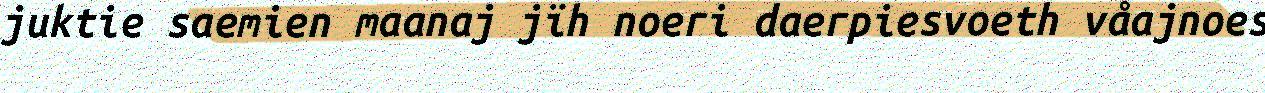
juktie saemien maanaj jïh noeri daerpiesvoeth våajnoes